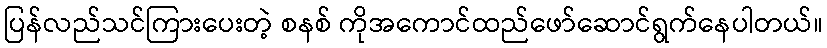
ပြန်လည်သင်ကြားပေးတဲ့ စနစ် ကိုအကောင်ထည်ဖော်ဆောင်ရွက်နေပါတယ်။